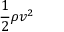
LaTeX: { \frac { 1 } { 2 } } \rho v ^ { 2 }